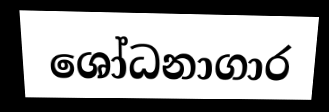
ශෝධනාගාර